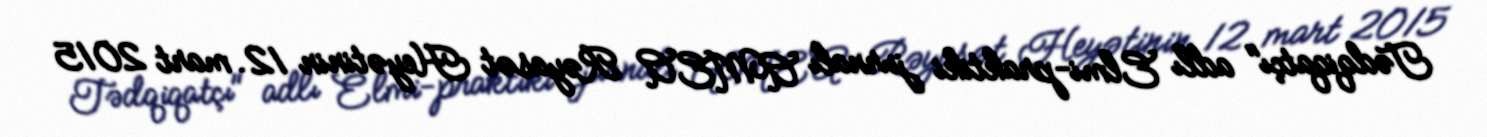
Tədqiqatçı" adlı Elmi-praktiki jurnalı AMEA Rəyasət Heyətinin 12. mart 2015